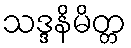
သဒ္ဒနိမိတ္တ